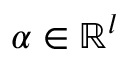
\alpha \in \mathbb { R } ^ { l }